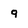
Character: q